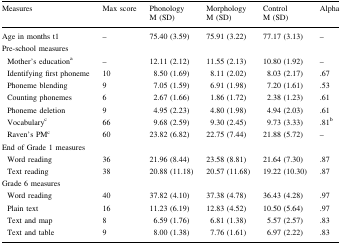
| Measures | Max score | Phonology M (SD) | Morphology M (SD) | Control M (SD) | Alpha |
 | --- | --- | --- | --- | --- | --- |
 | Age in months t1 | – | 75.40 (3.59) | 75.91 (3.22) | 77.17 (3.13) | – |
 | <COLSPAN=6> Pre-school measures |
 | Mother’s educationa | – | 12.11 (2.12) | 11.55 (2.13) | 10.80 (1.92) | – |
 | Identifying first phoneme | 10 | 8.50 (1.69) | 8.11 (2.02) | 8.03 (2.17) | .67 |
 | Phoneme blending | 9 | 7.05 (1.59) | 6.91 (1.98) | 7.20 (1.61) | .53 |
 | Counting phonemes | 6 | 2.67 (1.66) | 1.86 (1.72) | 2.38 (1.23) | .61 |
 | Phoneme deletion | 9 | 4.95 (2.23) | 4.80 (1.98) | 4.94 (2.03) | .61 |
 | Vocabularyc | 66 | 9.68 (2.59) | 9.30 (2.45) | 9.73 (3.33) | .81b |
 | Raven’s PMc | 60 | 23.82 (6.82) | 22.75 (7.44) | 21.88 (5.72) | – |
 | <COLSPAN=6> End of Grade 1 measures |
 | Word reading | 36 | 21.96 (8.44) | 23.58 (8.81) | 21.64 (7.30) | .87 |
 | Text reading | 38 | 20.88 (11.18) | 20.57 (11.68) | 19.22 (10.30) | .87 |
 | <COLSPAN=6> Grade 6 measures |
 | Word reading | 40 | 37.82 (4.10) | 37.38 (4.78) | 36.43 (4.28) | .97 |
 | Plain text | 16 | 11.23 (6.19) | 12.83 (4.52) | 10.50 (5.64) | .97 |
 | Text and map | 8 | 6.59 (1.76) | 6.81 (1.38) | 5.57 (2.57) | .83 |
 | Text and table | 9 | 8.00 (1.38) | 7.76 (1.61) | 6.97 (2.22) | .83 |